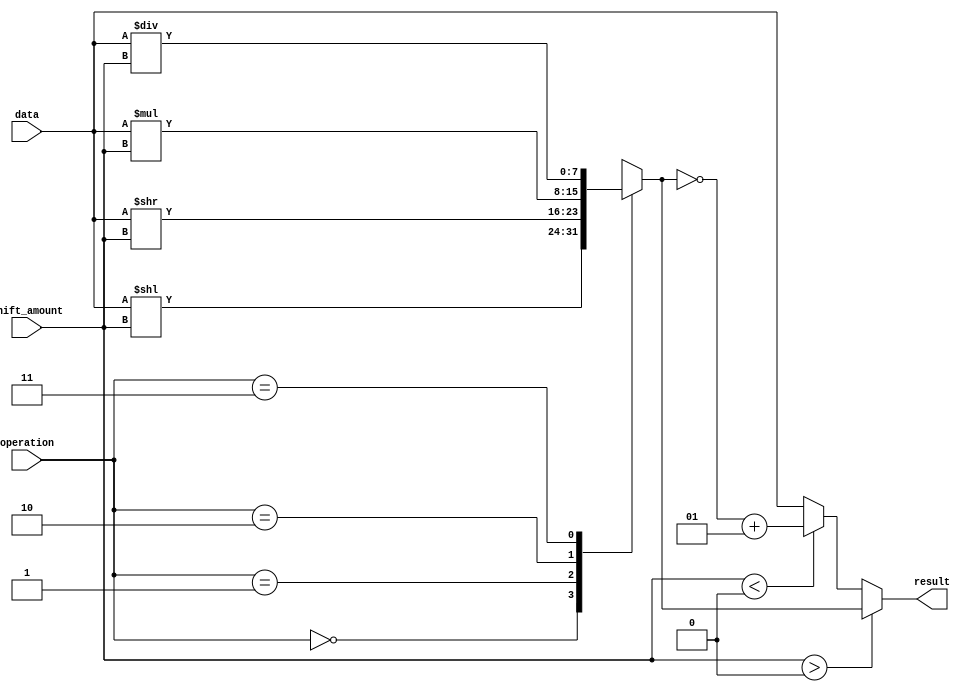
module Circular_Barrel_Shifter (
    input signed [7:0] data,
    input signed [2:0] shift_amount,
    input [1:0] operation,
    output reg signed [7:0] result
);

reg signed [7:0] shifted_data;

always @* begin
    case(operation)
        2'b00: shifted_data = data << shift_amount;
        2'b01: shifted_data = data >> shift_amount;
        2'b10: shifted_data = data * shift_amount;
        2'b11: shifted_data = data / shift_amount;
    endcase
end

always @* begin
    if(shift_amount > 0) begin
        result = shifted_data;
    end else if(shift_amount < 0) begin
        result = ~shifted_data + 1;
    end else begin
        result = data;
    end
end

endmodule